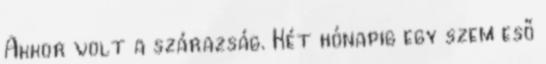
Akkor volt a szárazság. Két hónapig egy szem eső